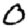
Digit: 0